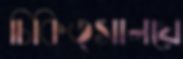
চিকিত্সালয়ে